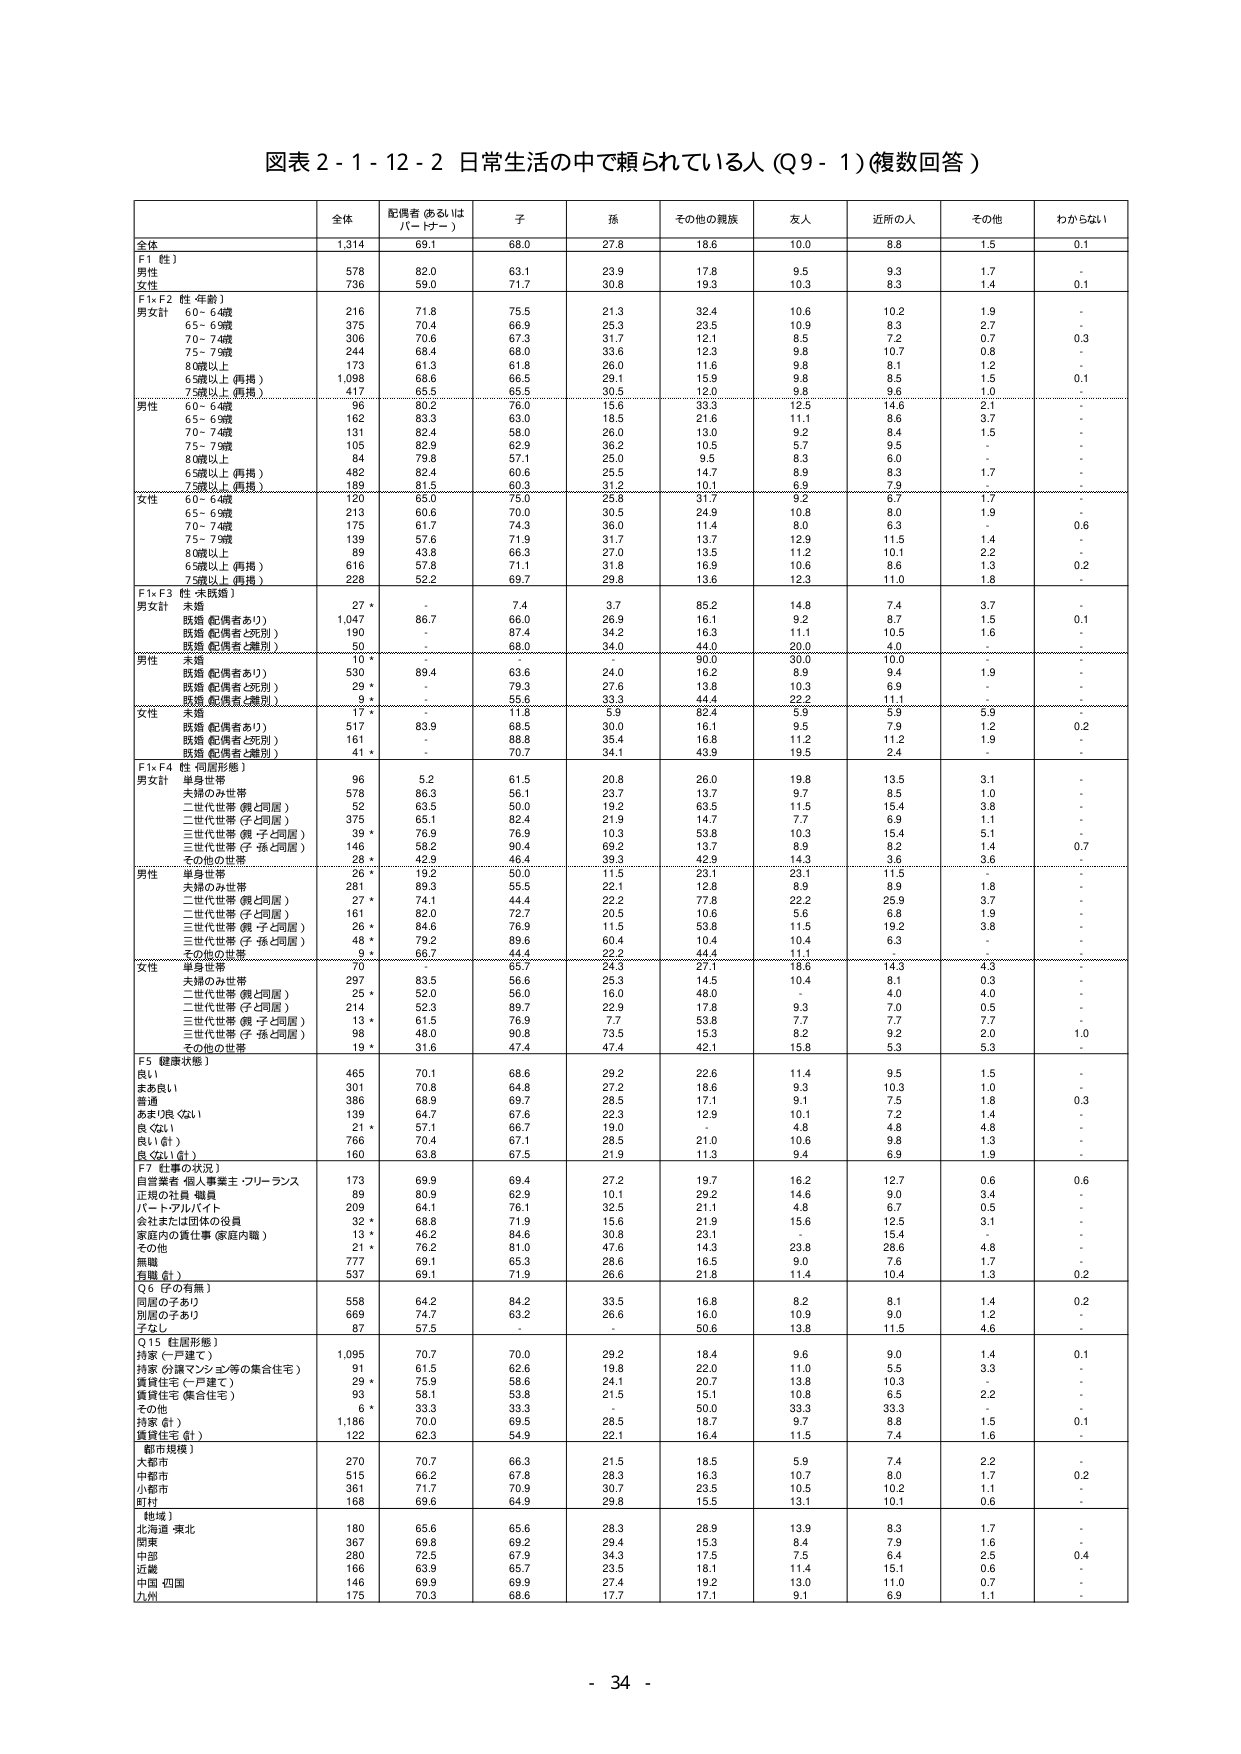
図表２-１-１２-２ 日常生活の中で頼られている人（Ｑ９-１）（複数回答）

全体 配偶者（あるいはパートナー） 子 孫 その他の親族 友人 近所の人 その他 わからない

全体 1,314 69.1 68.0 27.8 18.6 10.0 8.8 1.5 0.1

F1（性）
男性 578 82.0 63.1 23.9 17.8 9.5 9.3 1.7 -
女性 736 59.0 71.7 30.8 19.3 10.3 8.3 1.4 0.1

F1×F2（性・年齢）
男女計
60～64歳 216 71.8 75.5 21.3 32.4 10.6 10.2 1.9 -
65～69歳 375 70.4 66.9 25.3 23.5 10.9 8.3 2.7 -
70～74歳 306 70.6 67.3 31.7 12.1 8.5 7.2 0.7 0.3
75～79歳 244 68.4 68.0 33.6 12.3 9.8 10.7 0.8 -
80歳以上 173 61.3 61.8 26.0 11.6 9.8 8.1 1.2 -
65歳以上（再掲） 1,098 68.6 66.5 29.1 15.9 9.8 8.5 1.5 0.1
75歳以上（再掲） 417 65.5 65.5 30.5 12.0 9.8 9.6 1.0 -

男性
60～64歳 96 80.2 76.0 15.6 33.3 12.5 14.6 2.1 -
65～69歳 162 83.3 63.0 18.5 21.6 11.1 8.6 3.7 -
70～74歳 131 82.4 58.0 26.0 13.0 9.2 8.4 1.5 -
75～79歳 105 82.9 62.9 36.2 10.5 5.7 9.5 -
80歳以上 84 79.8 57.1 25.0 9.5 8.3 6.0 -
65歳以上（再掲） 482 82.4 60.6 25.5 14.7 8.9 8.3 1.7 -
75歳以上（再掲） 189 81.5 60.3 31.2 10.1 6.9 7.9 -

女性
60～64歳 120 65.0 75.0 25.8 31.7 9.2 6.7 1.7 -
65～69歳 213 60.6 70.0 30.5 24.9 10.8 8.0 1.9 -
70～74歳 175 61.7 74.3 36.0 11.4 8.0 6.3 -
75～79歳 139 57.6 71.9 31.7 13.7 12.9 11.5 1.4 0.6
80歳以上 89 43.8 66.3 27.0 13.5 11.2 10.1 2.2 -
65歳以上（再掲） 616 57.8 71.1 31.8 16.9 10.6 8.6 1.3 0.2
75歳以上（再掲） 228 52.2 69.7 29.8 13.6 12.3 11.0 1.8 -

F1×F3（性・未既婚）
男女計
未婚 27 * - 7.4 3.7 85.2 14.8 7.4 3.7 -
既婚（配偶者あり） 1,047 86.7 66.0 26.9 16.1 9.2 8.7 1.5 0.1
既婚（配偶者と死別） 190 - 67.4 34.2 16.3 11.1 10.5 1.6 -
既婚（配偶者と離別） 50 - 68.0 34.0 44.0 20.0 4.0 -

男性
未婚 10 * - - - 90.0 30.0 10.0 - -
既婚（配偶者あり） 530 89.4 63.6 24.0 16.2 8.9 9.4 1.9 -
既婚（配偶者と死別） 29 * - 79.3 27.6 13.8 10.3 6.9 -
既婚（配偶者と離別） 9 * - 55.6 33.3 44.4 22.2 11.1 -

女性
未婚 17 * - 11.8 5.9 82.4 5.9 9.9 5.9 0.2
既婚（配偶者あり） 517 83.9 68.5 30.0 16.1 9.5 7.9 1.2 -
既婚（配偶者と死別） 161 - 88.8 35.4 16.8 11.2 11.2 1.9 -
既婚（配偶者と離別） 41 * - 70.7 34.1 43.9 19.5 2.4 -

F1×F4（性・同居形態）
男女計
単身世帯 96 5.2 61.5 20.8 26.0 19.8 13.5 3.1 -
夫婦のみ世帯 578 86.3 56.1 23.7 13.7 9.7 8.5 1.0 -
二世代世帯（親と同居） 52 63.5 50.0 19.2 63.5 11.5 15.4 3.8 -
二世代世帯（子と同居） 375 65.1 82.4 21.9 14.7 7.7 6.9 1.1 -
三世代世帯（親・子と同居） 39 * 76.9 76.9 10.3 53.8 10.3 15.4 5.1 -
三世代世帯（子・孫と同居） 146 58.2 90.4 69.2 13.7 8.9 8.2 1.4 0.7
その他の世帯 28 * 42.9 46.4 39.3 42.9 14.3 3.6 3.6 -

男性
単身世帯 26 * 19.2 50.0 11.5 23.1 23.1 11.5 -
夫婦のみ世帯 281 89.3 55.5 22.1 12.8 8.9 8.9 1.8 -
二世代世帯（親と同居） 27 * 74.1 44.4 22.2 77.8 22.2 25.9 3.7 -
二世代世帯（子と同居） 161 82.0 72.7 20.5 10.6 5.6 6.8 1.9 -
三世代世帯（親・子と同居） 26 * 84.6 76.9 11.5 53.8 11.5 19.2 3.8 -
三世代世帯（子・孫と同居） 48 * 79.2 89.6 60.4 10.4 10.4 6.3 -
その他の世帯 9 * 66.7 44.4 22.2 44.4 11.1 -

女性
単身世帯 70 - 65.7 24.3 27.1 18.6 14.3 4.3 -
夫婦のみ世帯 297 83.5 56.6 25.3 14.5 10.4 8.1 0.3 -
二世代世帯（親と同居） 25 * 52.0 56.0 16.0 48.0 - 4.0 4.0 -
二世代世帯（子と同居） 214 52.3 89.7 22.9 17.8 9.3 7.0 0.5 -
三世代世帯（親・子と同居） 13 * 61.5 76.9 7.7 53.8 7.7 7.7 7.7 -
三世代世帯（子・孫と同居） 98 48.0 90.8 73.5 15.3 8.2 9.2 2.0 1.0
その他の世帯 19 * 31.6 47.4 47.4 42.1 15.8 5.3 5.3 -

F5（健康状態）
良い 465 70.1 68.6 29.2 22.6 11.4 9.5 1.5 -
まあ良い 301 70.8 64.8 27.2 18.6 9.3 10.3 1.0 -
普通 386 68.9 69.7 28.5 17.1 9.1 7.5 1.8 0.3
あまり良くない 139 64.7 67.6 22.3 12.9 10.1 7.2 1.4 -
良くない 21 * 57.1 66.7 19.0 - 4.8 4.8 4.8 -
良い（計） 766 70.4 67.1 28.5 21.0 10.6 9.8 1.3 -
良くない（計） 160 63.8 67.5 21.9 11.3 9.4 6.9 1.9 -

F7（仕事の状況）
自営業者・個人事業主・フリーランス 173 69.9 69.4 27.2 19.7 16.2 12.7 0.6 0.6
正規の社員・職員 89 80.9 62.9 10.1 29.2 14.6 9.0 3.4 -
パート・アルバイト 209 64.1 76.1 32.5 21.1 4.8 6.7 0.5 -
会社または団体の役員 32 * 68.8 71.9 15.6 21.9 15.6 12.5 3.1 -
家庭内の責任仕事（家庭内職） 13 * 46.2 94.6 30.8 23.1 - 15.4 -
その他 21 * 76.2 81.0 47.6 14.3 23.8 28.6 4.8 -
無職 777 69.1 65.3 28.6 16.5 9.0 7.6 1.7 -
有職（計） 537 69.1 71.9 26.6 21.8 11.4 10.4 1.3 0.2

Q6（子の有無）
同居の子あり 558 64.2 84.2 33.5 16.8 8.2 8.1 1.4 0.2
別居の子あり 669 74.7 63.2 26.6 16.0 10.9 9.0 1.2 -
子なし 87 57.5 - - 50.6 13.8 11.5 4.6 -

Q15（住居形態）
持家（一戸建て） 1,095 70.7 70.0 29.2 18.4 9.6 9.0 1.4 0.1
持家（分譲マンション等の集合住宅） 91 61.5 62.6 19.8 22.0 11.0 5.5 3.3 -
賃貸住宅（一戸建て） 29 * 75.9 58.6 24.1 20.7 13.8 10.3 -
賃貸住宅（集合住宅） 93 58.1 53.8 21.5 15.1 10.8 6.5 2.2 -
その他 6 * 33.3 33.3 - 50.0 33.3 33.3 -
持家（計） 1,186 70.0 69.5 28.5 18.7 9.7 8.8 1.5 0.1
賃貸住宅（計） 122 62.3 54.9 22.1 16.4 11.5 7.4 1.6 -

都市規模）
大都市 270 70.7 66.3 21.5 18.5 5.9 7.4 2.2 -
中都市 515 66.2 67.8 28.3 16.3 10.7 8.0 1.7 0.2
小都市 361 71.7 70.9 30.7 23.5 10.5 10.2 1.1 -
町村 168 69.6 64.9 29.8 15.5 13.1 10.1 0.6 -

地域）
北海道・東北 180 65.6 65.6 28.3 28.9 13.9 8.3 1.7 -
関東 367 69.8 69.2 29.4 15.3 8.4 7.9 1.6 -
中部 280 72.5 67.9 34.3 17.5 7.5 6.4 2.5 0.4
近畿 166 63.9 65.7 23.5 18.1 11.4 15.1 0.6 -
中国・四国 146 69.9 69.9 27.4 19.2 13.0 11.0 0.7 -
九州 175 70.3 68.6 17.7 17.1 9.1 6.9 1.1 -

- 34 -